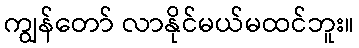
ကျွန်တော် လာနိုင်မယ်မထင်ဘူး။